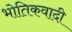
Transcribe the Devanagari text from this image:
भोतिकवादी